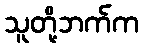
သူတို့ဘက်က